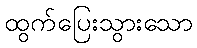
ထွက်ပြေးသွားသော